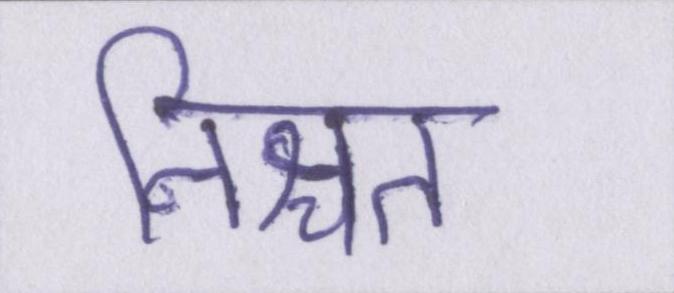
निश्चत